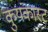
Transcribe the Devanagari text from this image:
कुयंकास्ट